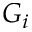
G _ { i }